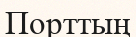
Порттың